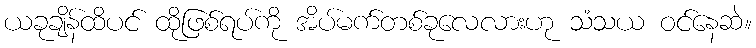
ယခုချိန်ထိပင် ထိုဖြစ်ရပ်ကို အိပ်မက်တစ်ခုလေလားဟု သံသယ ဝင်နေဆဲ။